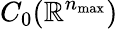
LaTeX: C_{0}(\mathbb{R}^{n_{\operatorname*{max}}})